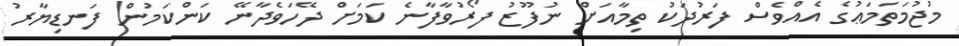
މުޖުމަތަމަޢުގެ އެއްވެސް ފަރުދަކު ތިމާއަށް ނުފޫޒު ފޯރުވާފާނެ ކަމަށް ދޭހަވެދާނޭ ކަންކަމުން ފަނޑިޔާރު